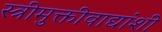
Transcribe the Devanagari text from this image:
स्त्रीमुक्तीवाद्यांशी